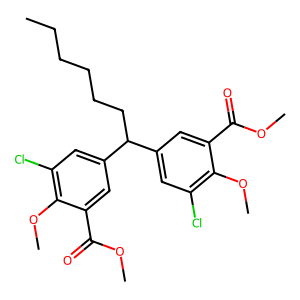
SMILES: CCCCCCC(c1cc(Cl)c(OC)c(C(=O)OC)c1)c1cc(Cl)c(OC)c(C(=O)OC)c1
Inhibits HIV replication: No